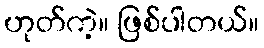
ဟုတ်ကဲ့။ ဖြစ်ပါတယ်။